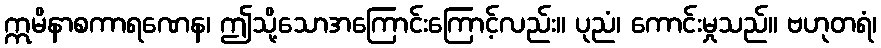
ဣမိနာစကာရဏေန၊ ဤသို့သောအကြောင်းကြောင့်လည်း။ ပုညံ၊ ကောင်းမှုသည်။ ဗဟုတရံ၊